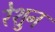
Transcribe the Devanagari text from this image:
रेशुन